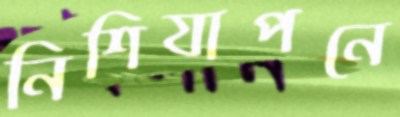
নিশিযাপনে